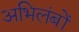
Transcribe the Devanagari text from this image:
अभिलंबों